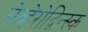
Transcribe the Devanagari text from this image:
सेव्हेरोद्विन्स्क